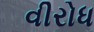
વીરોધ